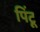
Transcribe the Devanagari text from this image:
पिंटू